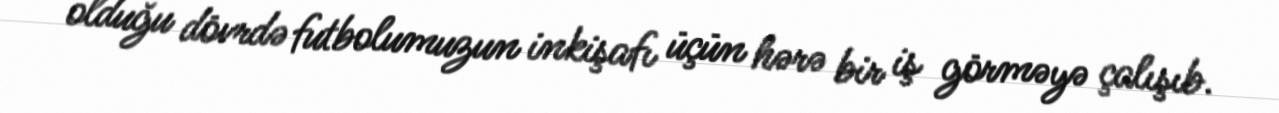
olduğu dövrdə futbolumuzun inkişafı üçün hərə bir iş görməyə çalışıb.